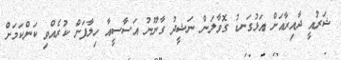
ޝަރުއީ ދާއިރާއަށް އަޅުގަނޑު ގޮވާލަން ނަޝީދު ގާނޫނު އަސާސީއާ ހިލާފަށް ކުރެއްވި ކަންކަމަށް